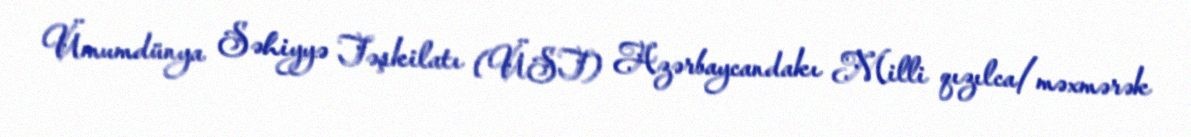
Ümumdünya Səhiyyə Təşkilatı (ÜST) Azərbaycandakı Milli qızılca/məxmərək